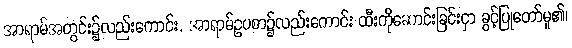
အာရာမ်အတွင်း၌လည်းကောင်း, အာရာမ်ဥပစာ၌လည်းကောင်း ထီးကိုဆောင်းခြင်းငှာ ခွင့်ပြုတော်မူ၏၊